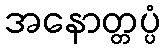
အနောတ္တပ္ပံ